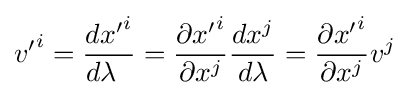
{v'}^{i}={\frac {d{x'}^{i}}{d\lambda \;\;}}={\frac {\partial {x'}^{i}}{\partial x^{j}}}{\frac {dx^{j}}{d\lambda }}={\frac {\partial {x'}^{i}}{\partial x^{j}}}{v}^{j}